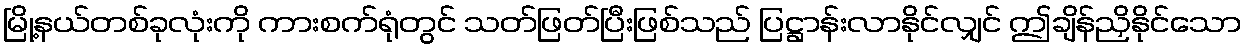
မြို့နယ်တစ်ခုလုံးကို ကားစက်ရုံတွင် သတ်ဖြတ်ပြီးဖြစ်သည် ပြဋ္ဌာန်းလာနိုင်လျှင် ဤချိန်ညှိနိုင်သော